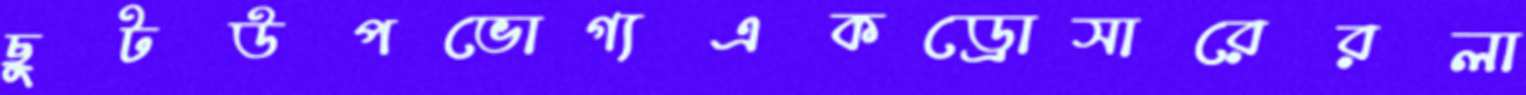
ছুটউপভোগ্যএকড্রোসারেরলা